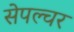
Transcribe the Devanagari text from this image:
सेपल्चर